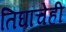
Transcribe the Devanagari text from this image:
तिघांचेही